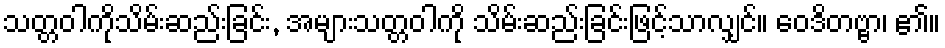
သတ္တဝါကိုသိမ်းဆည်းခြင်း, အများသတ္တဝါကို သိမ်းဆည်းခြင်းဖြင့်သာလျှင်။ ဝေဒိတဗ္ဗာ၊ ၏။